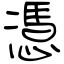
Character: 憑